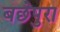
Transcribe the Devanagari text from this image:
बछेपुरा